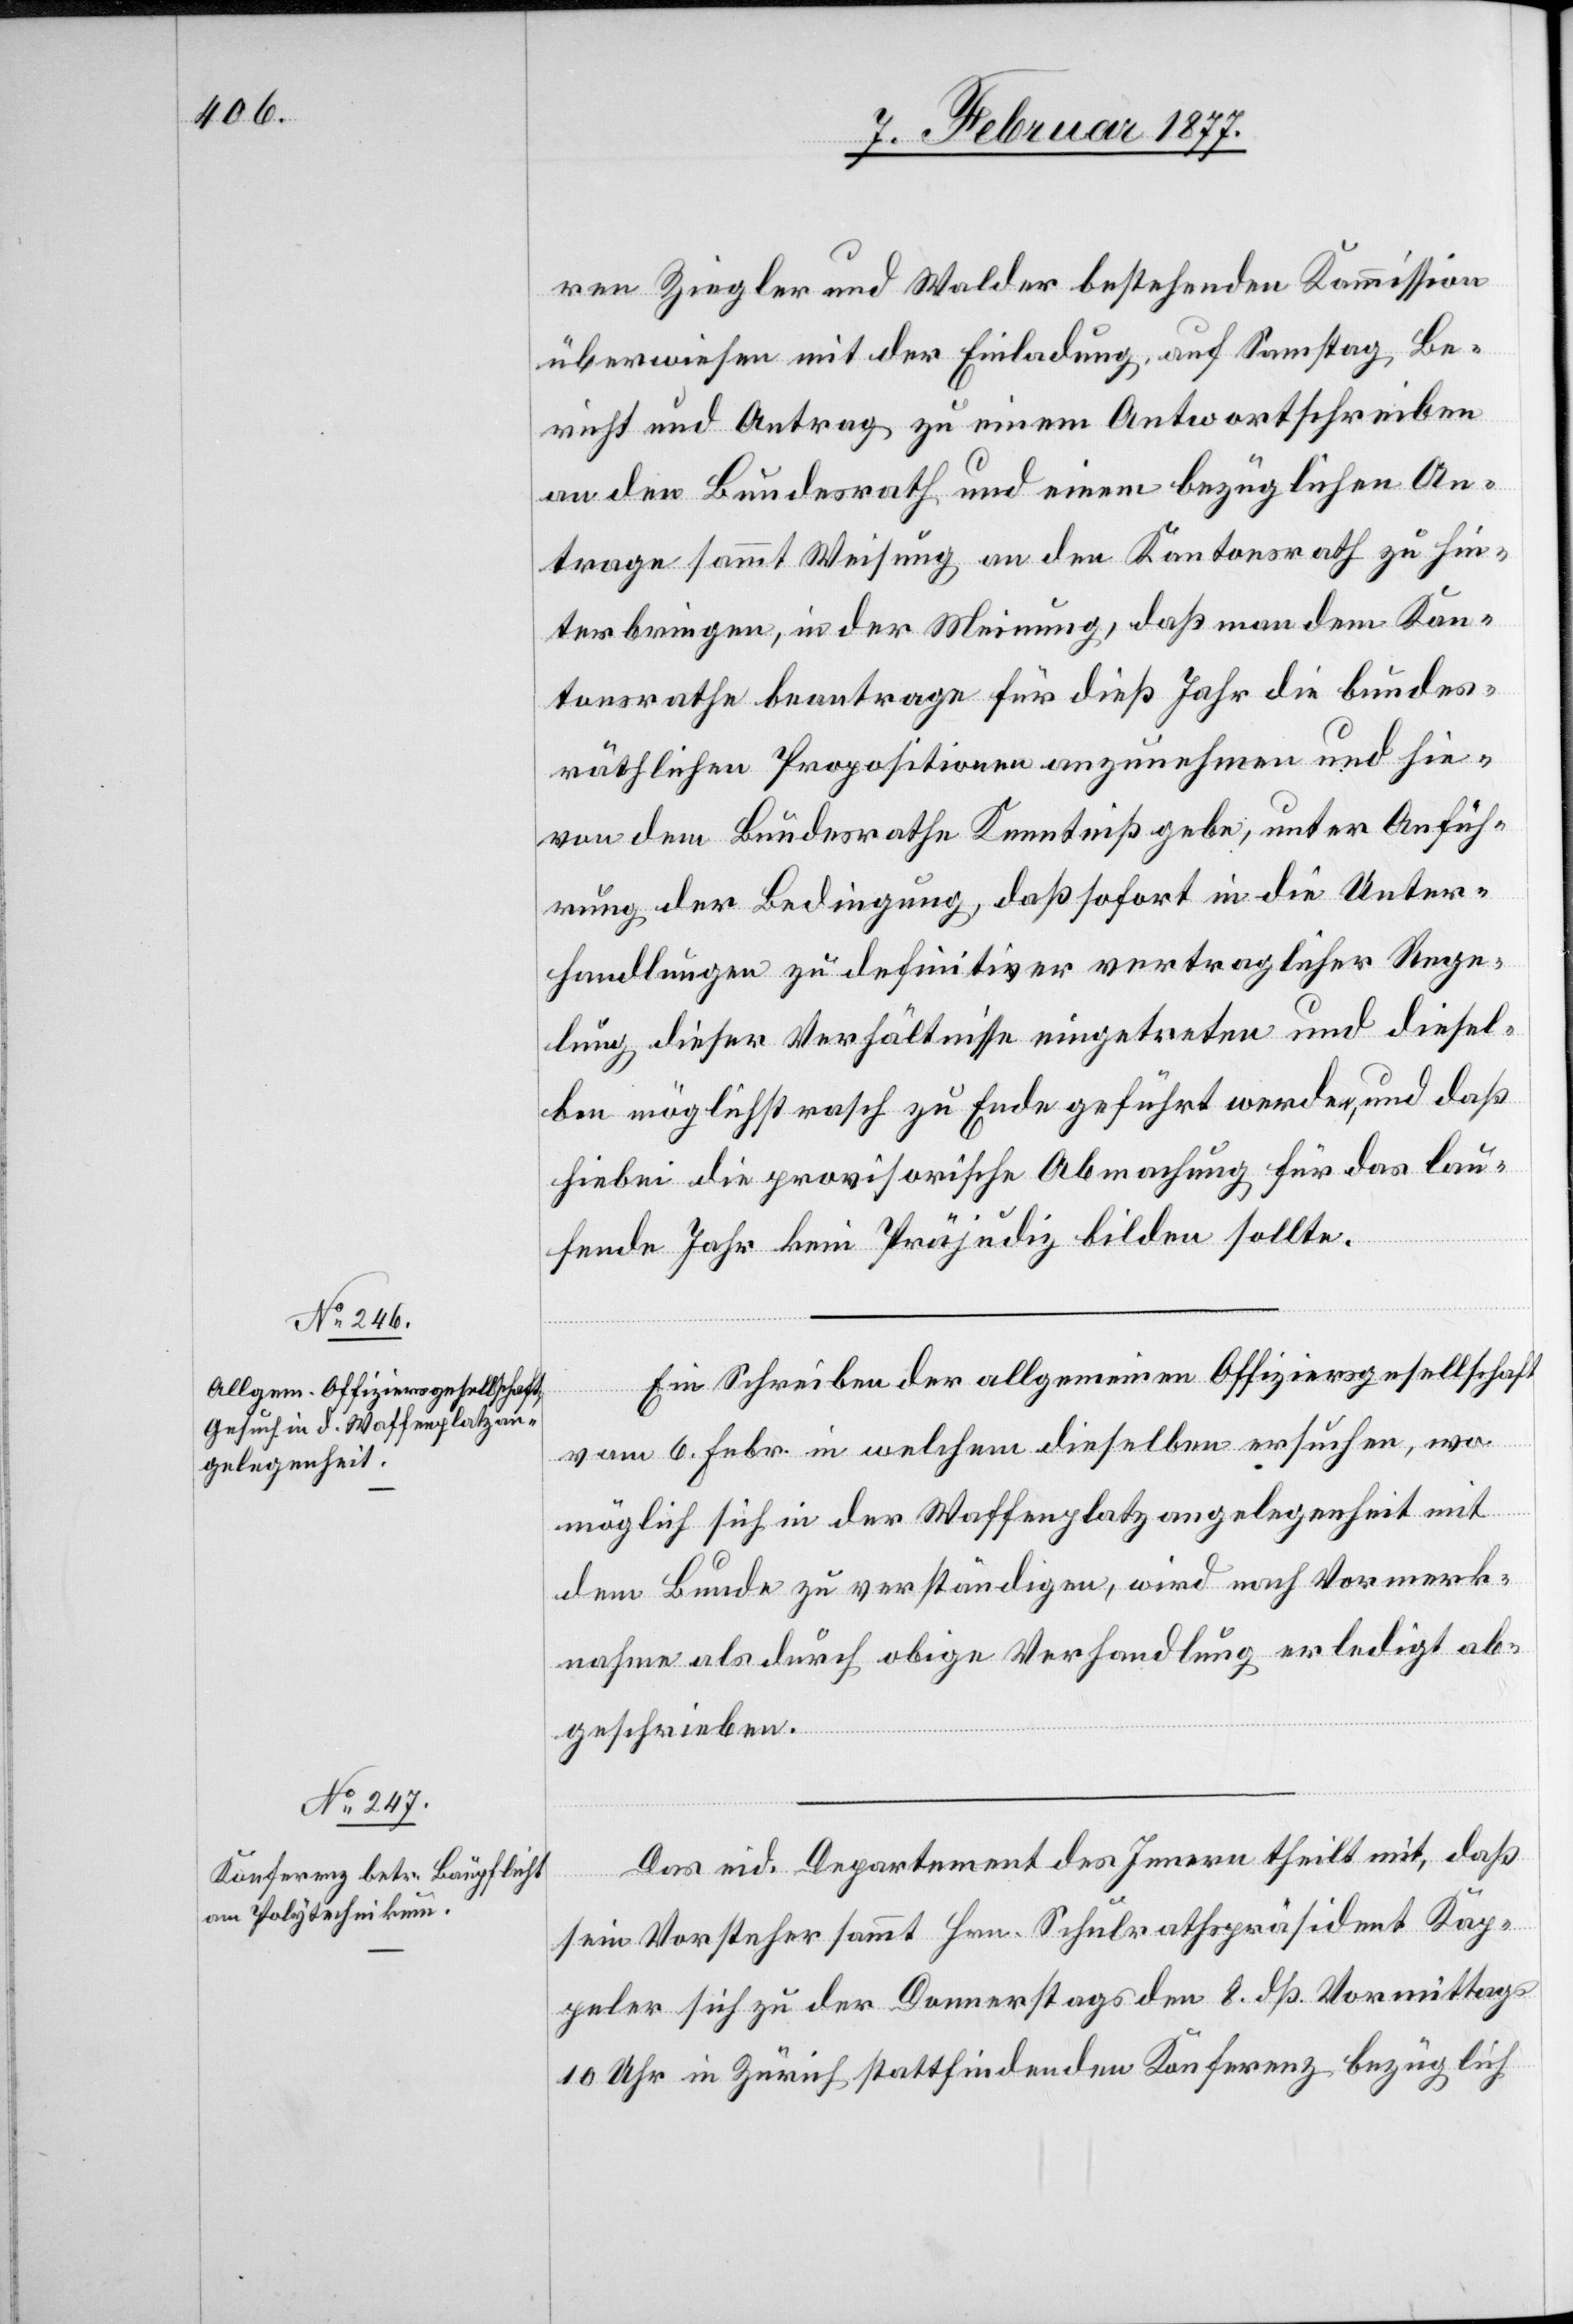
ren Ziegler und Walder bestehenden Kommission
überwiesen mit der Einladung, auf Samstag Be¬
richt und Antrag zu einem Antwortschreiben
an den Bundesrath und einem bezüglichen An¬
trag sammt Weisung an den Kantonsrath zu hin¬
terbringen, in der Meinung, daß man dem Kan¬
tonsrathe beantrage für dieß Jahr die bundes¬
räthlichen Propositionen anzunehmen und hie¬
von dem Bundesrathe Kenntniß gebe, unter Anfüh¬
rung der Bedingung, daß sofort in die Unter¬
handlungen zu definitiver vertraglicher Rege¬
lung dieser Verhältnisse eingetreten und diesel¬
ben möglichst rasch zu Ende geführt werden, und daß
hiebei die provisorische Abmachung für das lau¬
fende Jahr kein Präjudiz bilden sollte.
Ein Schreiben der allgemeinen Offiziersgesellschaft
vom 6. Febr. in welchem dieselben ersuchen, wo
möglich sich in der Waffenplatzangelegenheit mit
dem Bunde zu verständigen, wird nach Vormerk¬
nahme als durch obige Verhandlung erledigt ab¬
geschrieben.
Das eid. Departement des Innern theilt mit, daß
sein Vorsteher sammt Hr. Schulrathspräsident Kap¬
peler sich zu der Donnerstags den 8. dß. Vormittags
10 Uhr in Zürich stattfindenden Konferenz bezüglich